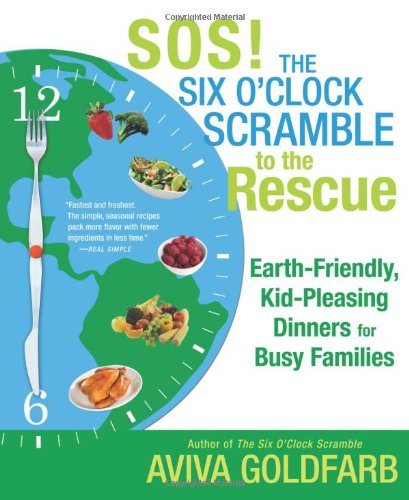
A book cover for SOS!  The Six O'Clock Scramble to the Rescue: Earth-Friendly, Kid-Pleasing Dinners for Busy Families; Aviva Goldfarb; Cookbooks, Food & Wine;